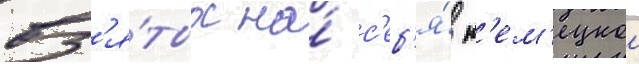
вз'я́тых на́ с'еб'я́ н'ем'ецкои